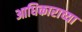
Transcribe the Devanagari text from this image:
आधिकाराच्या